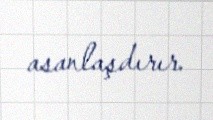
asanlaşdırır.